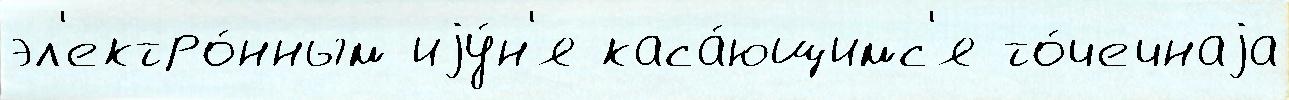
эл'ектро́нным иjу́н'я каса́ющимс'я то́чечнаjа